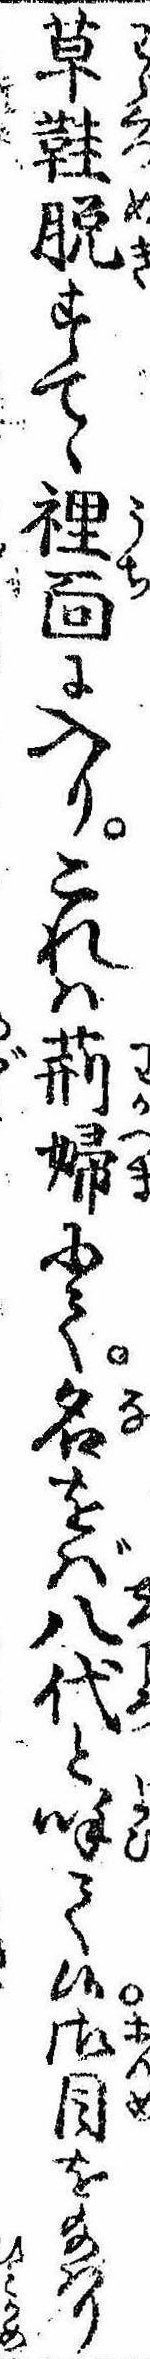
草鞋脱すてゝ裏面に入りこれは荊婦にて名をば八代と呼て候御目を給はり